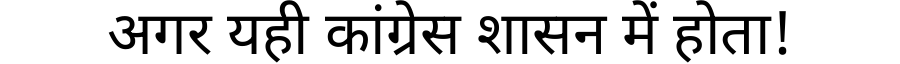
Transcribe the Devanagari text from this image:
अगर यही कांग्रेस शासन में होता!